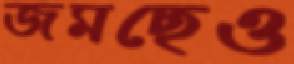
জমছেও